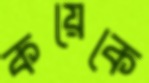
কয়েকে